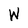
Character: W